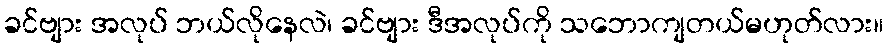
ခင်ဗျား အလုပ် ဘယ်လိုနေလဲ၊ ခင်ဗျား ဒီအလုပ်ကို သဘောကျတယ်မဟုတ်လား။